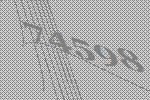
74598